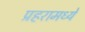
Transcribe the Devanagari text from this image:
प्रहरामध्ये